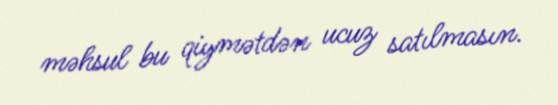
məhsul bu qiymətdən ucuz satılmasın.